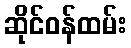
ဆိုင်ဝန်ထမ်း